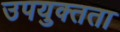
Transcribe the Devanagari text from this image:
उपयुक्‍तता